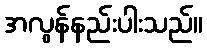
အလွန်နည်းပါးသည်။